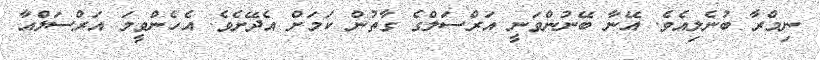
ނިމްރާ ބުނެލިއެވެ. އޭނާ ބޭނުންވަނީ އަރްސަލްގެ ގާތުން ކަމަށް އެދޭށެވެ. އެހެންވީމަ އަރްސަލްއާ